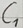
Text: C1